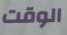
الوقت